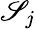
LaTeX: \mathscr{S}_{j}